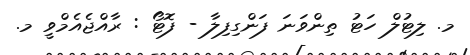
މ. ލިޓުލް ހަޓު ތިންވަނަ ފަންގިފިލާ - ފޮޓޯ : ރާއްޖެއެމްވީ މ.